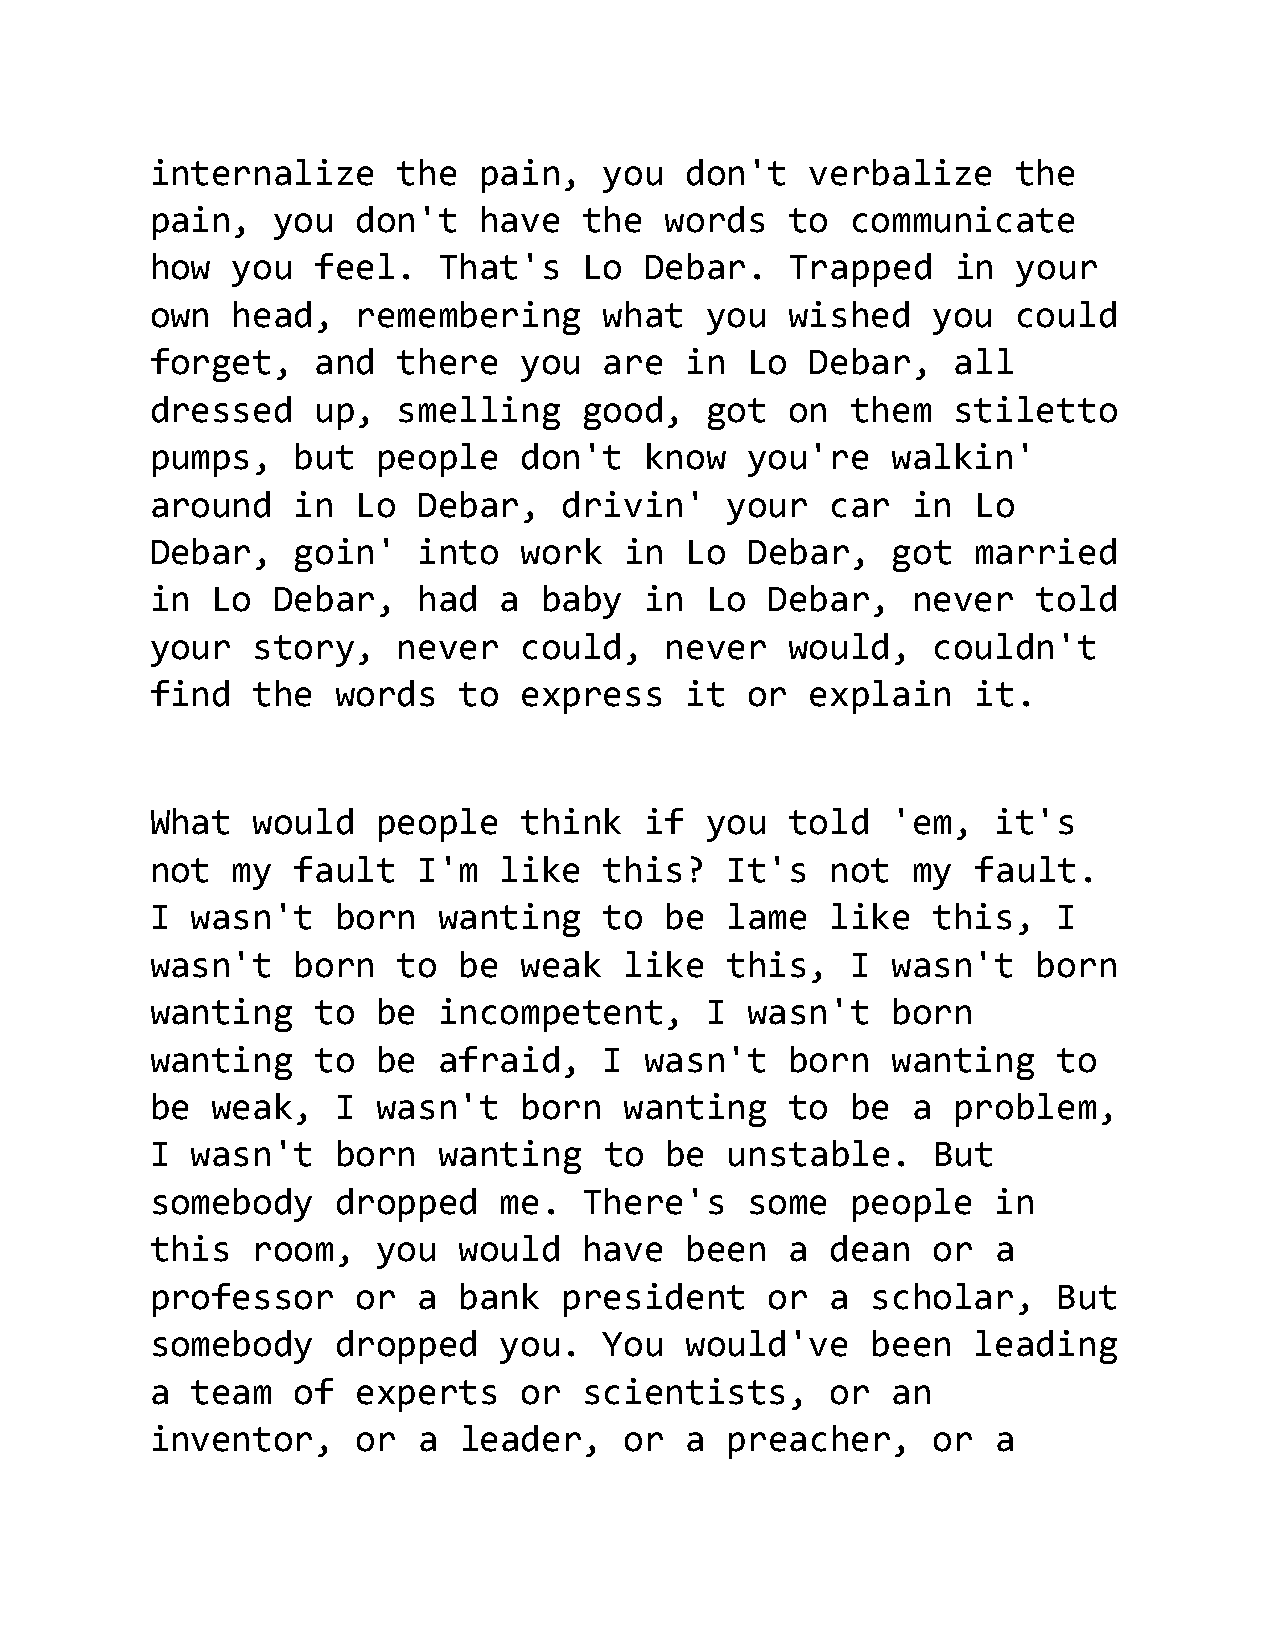
internalize     the   pain,   you  don't    verbalize    the
 pain,   you   don't   have   the  words   to  communicate
 how  you   feel.   That's    Lo  Debar.   Trapped    in  your
 own  head,    remembering     what   you  wished    you  could
 forget,    and  there   you   are  in   Lo  Debar,   all
 dressed    up,  smelling     good,   got  on  them   stiletto
 pumps,   but   people   don't    know   you're   walkin'
 around   in   Lo  Debar,   drivin'    your   car  in   Lo
 Debar,   goin'    into  work   in  Lo   Debar,   got   married
 in  Lo  Debar,    had  a  baby   in  Lo  Debar,   never    told
 your   story,   never   could,    never   would,    couldn't
 find   the  words   to  express    it   or  explain    it.
 What   would   people   think    if  you  told   'em,   it's
 not  my  fault    I'm  like   this?   It's   not  my   fault.
 I  wasn't   born   wanting    to  be  lame   like   this,   I
 wasn't   born   to  be  weak   like   this,   I  wasn't    born
 wanting    to  be  incompetent,      I  wasn't   born
 wanting    to  be  afraid,    I  wasn't   born   wanting    to
 be  weak,   I  wasn't   born   wanting    to  be  a  problem,
 I  wasn't   born   wanting    to  be  unstable.     But
 somebody    dropped    me.   There's    some  people    in
 this   room,   you  would    have  been   a  dean   or  a
 professor     or  a bank   president     or  a  scholar,    But
 somebody    dropped    you.   You  would've     been   leading
 a  team  of   experts   or   scientists,     or  an
 inventor,     or  a leader,    or  a  preacher,     or  a